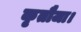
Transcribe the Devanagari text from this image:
कृतौजा।